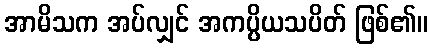
အာမိသက အပ်လျှင် အကပ္ပိယသပိတ် ဖြစ်၏။